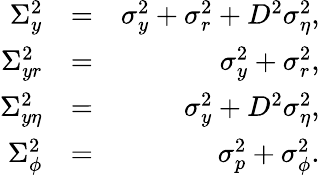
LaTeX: \begin{array}{rlr}{\Sigma_{y}^{2}}&{=}&{\sigma_{y}^{2}+\sigma_{r}^{2}+D^{2}\sigma_{\eta}^{2},}\\ {\Sigma_{yr}^{2}}&{=}&{\sigma_{y}^{2}+\sigma_{r}^{2},}\\ {\Sigma_{y\eta}^{2}}&{=}&{\sigma_{y}^{2}+D^{2}\sigma_{\eta}^{2},}\\ {\Sigma_{\phi}^{2}}&{=}&{\sigma_{p}^{2}+\sigma_{\phi}^{2}.}\end{array}